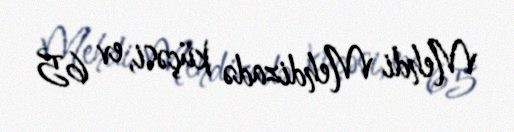
Mehdi Mehdizadə küçəsi, ev 65